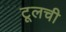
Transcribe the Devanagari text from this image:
टूलची